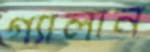
গ্যালান